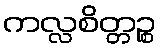
ကလ္လစိတ္တဉ္စ